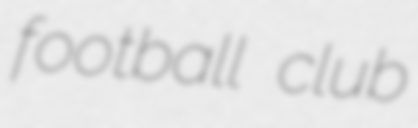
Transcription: football club